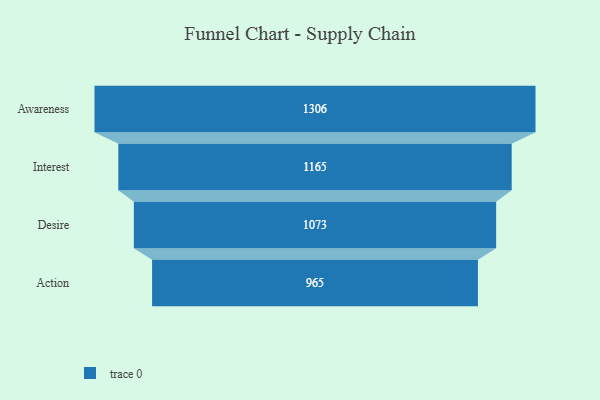
{"axis": {"x": "Stage", "y": "Value"}, "legend": [""], "data": [{"x": "Awareness", "y": 1306.0, "type": ""}, {"x": "Interest", "y": 1165.0, "type": ""}, {"x": "Desire", "y": 1073.0, "type": ""}, {"x": "Action", "y": 965.0, "type": ""}]}